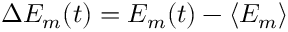
\Delta E _ { m } ( t ) = E _ { m } ( t ) - \langle E _ { m } \rangle